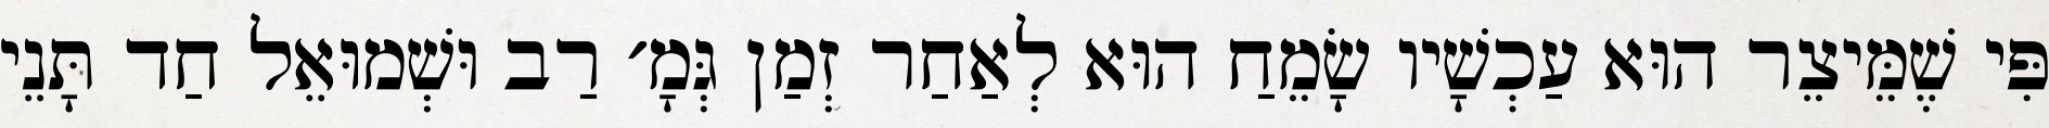
פִּי שֶׁמֵּיצֵר הוּא עַכְשָׁיו שָׂמֵחַ הוּא לְאַחַר זְמַן גְּמָ׳ רַב וּשְׁמוּאֵל חַד תָּנֵי